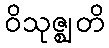
ဝိသုဇ္ဈတိ